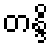
တန္ဒိ